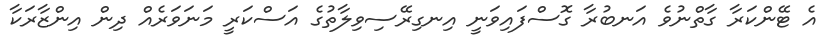
އެ ޓޭންކަރާ ގާތްނުވެ އަނބުރާ ގޮސްފައިވަނީ އިނގިރޭސިވިލާތުގެ އަސްކަރީ މަނަވަރެއް ދިން އިންޒާރަކާ